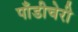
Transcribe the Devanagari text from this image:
पाँडीचेरी